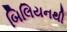
બિલિયનથી